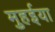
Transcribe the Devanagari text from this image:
मुहईया